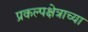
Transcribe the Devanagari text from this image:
प्रकल्पक्षेत्राच्या